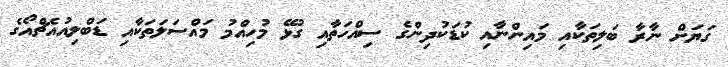
ގަޔަށް ނާރާ ބަލިތަކާއި މައިންނާއި ކުޑަކުދިންގެ ސިއްހަތާއި ގުޅޭ މުހިއްމު މައްސަލަތަކާއި ޑަބްލިއުއެޗްއޯގެ